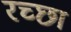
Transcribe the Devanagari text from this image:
रच्छा